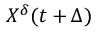
X ^ { \delta } ( t + \Delta )